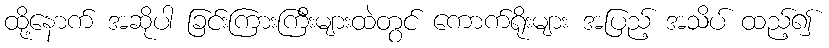
ထို့နောက် အဆိုပါ ခြင်းကြားကြီးများထဲတွင် ကောက်ရိုးများ အပြည့် အသိပ် ထည့်၍